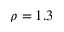
\rho = 1 . 3